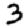
Digit: 3